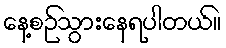
နေ့စဉ်သွားနေရပါတယ်။